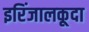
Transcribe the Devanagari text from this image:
इरिंजालकूदा